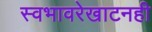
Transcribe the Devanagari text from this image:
स्वभावरेखाटनही